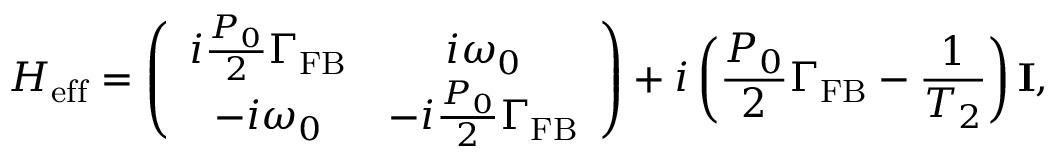
H _ { \mathrm { e f f } } = \left( \begin{array} { c c } { i \frac { P _ { 0 } } { 2 } \Gamma _ { \mathrm { F B } } } & { i \omega _ { 0 } } \\ { - i \omega _ { 0 } } & { - i \frac { P _ { 0 } } { 2 } \Gamma _ { \mathrm { F B } } } \end{array} \right) + i \left( \frac { P _ { 0 } } { 2 } \Gamma _ { \mathrm { F B } } - \frac { 1 } { T _ { 2 } } \right) \mathbf { I } ,